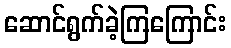
ဆောင်ရွက်ခဲ့ကြကြောင်း